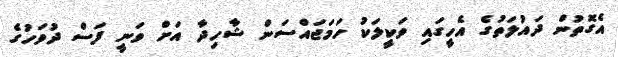
އެގޮތުން ދައުލަތުގެ އެހީގައި ވަކީލަކު ހަމަޖައްސަން ޝާހިދާ އަށް ވަނީ ފަސް ދުވަހުގެ